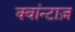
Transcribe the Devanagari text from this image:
क्वांन्टाज़